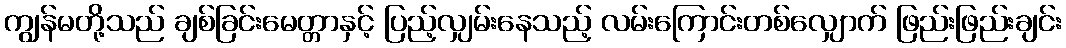
ကျွန်မတို့သည် ချစ်ခြင်းမေတ္တာနှင့် ပြည့်လျှမ်းနေသည့် လမ်းကြောင်းတစ်လျှောက် ဖြည်းဖြည်းချင်း